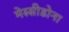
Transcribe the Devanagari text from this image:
मेस्सीडोना